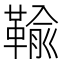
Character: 䩱